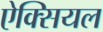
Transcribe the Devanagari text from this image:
ऐक्सियल